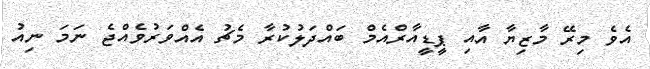
އެވެ މިރޭ މާޒިޔާ އާއި ޕީޑީއާރްއެމް ބައްދަލުކުރާ މެޗު އެއްވަރުވެއްޖެ ނަމަ ނިއު